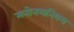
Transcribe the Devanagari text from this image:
मनोनमनियम